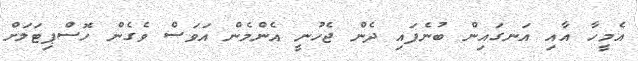
އެމީހާ އާއި އަނގައިން ބުނެފައި ދެން ޖެހުނީ އެންމެން އަވަސް ވެގެން ހޮސްޕިޓަލަށް